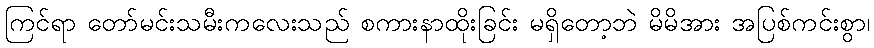
ကြင်ရာ တော်မင်းသမီးကလေးသည် စကားနာထိုးခြင်း မရှိတော့ဘဲ မိမိအား အပြစ်ကင်းစွာ၊